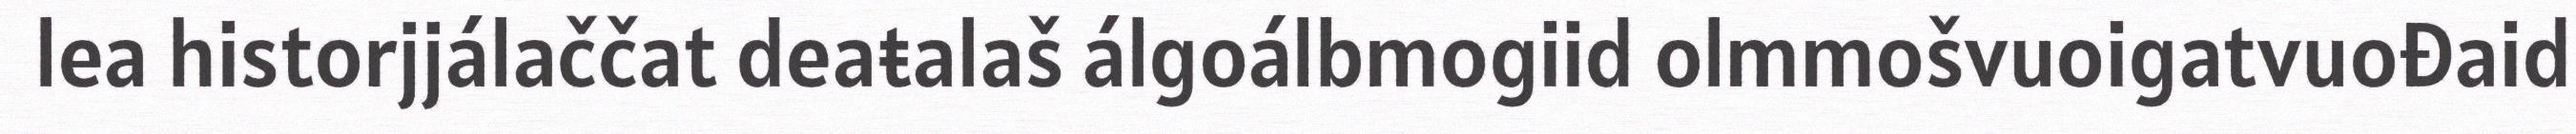
lea historjjálaččat deaŧalaš álgoálbmogiid olmmošvuoigatvuođaid